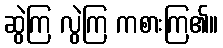
ဆွဲကြ လွဲကြ ကစားကြ၏။